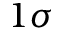
1 \sigma